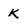
Character: k